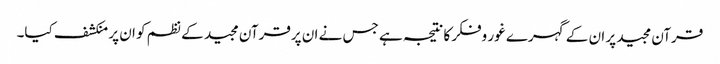
قرآن مجید پر ان کے گہرے غور وفکر کا نتیجہ ہے جس نے ان پرقرآن مجید کے نظم کو ان پر منکشف کیا۔